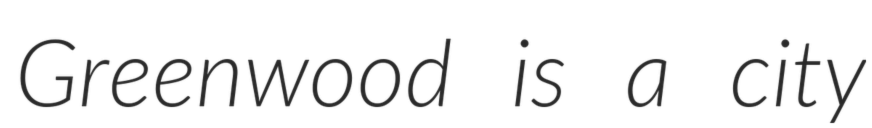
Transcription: Greenwood is a city